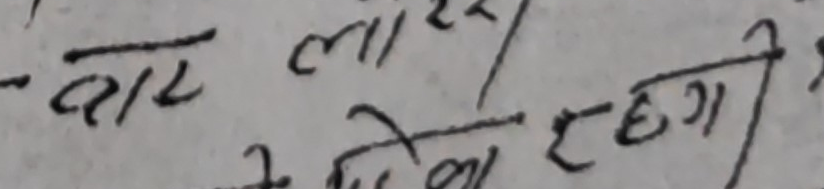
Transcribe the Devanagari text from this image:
- तार ला २र ।
जेना र छगी